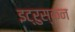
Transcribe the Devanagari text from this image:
इट्रुस्कन